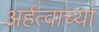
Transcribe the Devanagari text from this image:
अर्हत्वाच्या